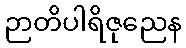
ဉာတိပါရိဇုညေန